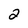
Character: 2